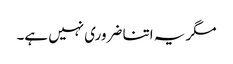
مگر یہ اتنا ضروری نہیں ہے۔